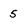
Character: 5